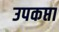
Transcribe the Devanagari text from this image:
उपकप्ता